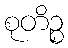
စုတိဉ္စ